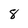
Character: 8